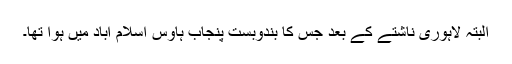
البتہ لاہوری ناشتے کے بعد جس کا بندوبست پنجاب ہاؤس اسلام آباد میں ہوا تھا۔